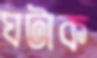
ঘটাক